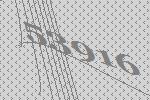
53916